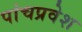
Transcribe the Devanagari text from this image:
पांचप्रवेश